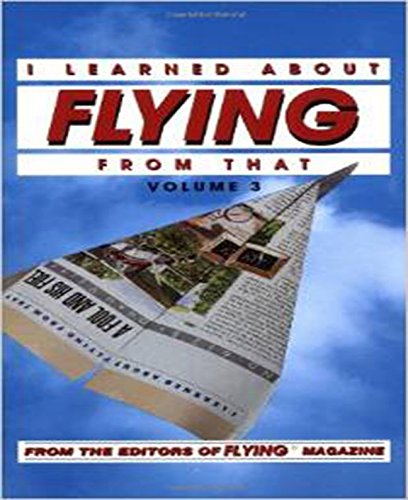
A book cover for I Learned About Flying From That, Vol. 3; Flying Magazine; Sports & Outdoors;